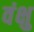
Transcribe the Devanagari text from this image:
वंक्षु